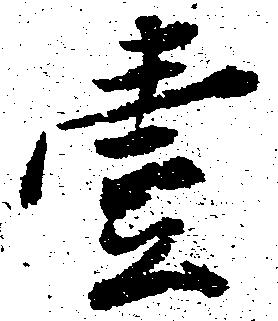
壱